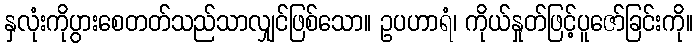
နှလုံးကိုပွားစေတတ်သည်သာလျှင်ဖြစ်သော။ ဥပဟာရံ၊ ကိုယ်နှုတ်ဖြင့်ပူဇော်ခြင်းကို။